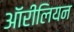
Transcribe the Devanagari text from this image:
ऑरीलियन